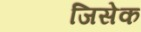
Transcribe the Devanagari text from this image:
जिसेक